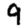
Digit: 9